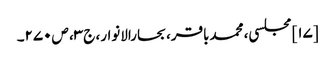
[۱۷] مجلسی، محمدباقر، بحارالانوار، ج‌۳، ص‌۲۷۰۔